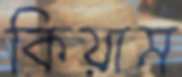
কিয়াম